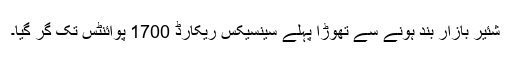
شئیر بازار بند ہونے سے تھوڑا پہلے سینسیکس ریکارڈ 1700 پوائنٹس تک گر گیا۔